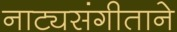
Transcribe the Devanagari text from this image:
नाट्यसंगीताने